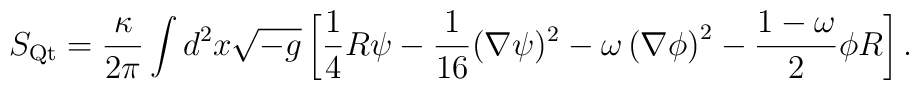
S_{\rm Qt} = \frac{\kappa}{2\pi}\int d^2 x \/ \sqrt{-g}\left[        \frac14 R\psi-\frac{1}{16}(\nabla\psi)^2        -\omega\left(\nabla\phi\right)^2        - \frac{1-\omega}{2}\phi R\right].